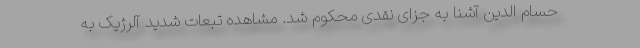
حسام الدین آشنا به جزای نقدی محکوم شد. مشاهده تبعات شدید آلرژیک به